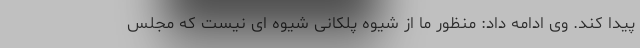
پیدا کند. وی ادامه داد: منظور ما از شیوه پلکانی شیوه ای نیست که مجلس